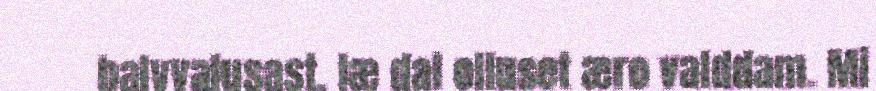
balvvalusast, læ dal olluset æro valddam. Mi